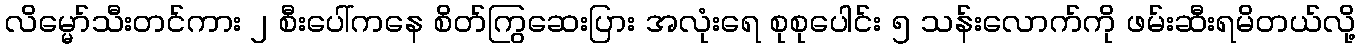
လိမ္မော်သီးတင်ကား ၂ စီးပေါ်ကနေ စိတ်ကြွဆေးပြား အလုံးရေ စုစုပေါင်း ၅ သန်းလောက်ကို ဖမ်းဆီးရမိတယ်လို့